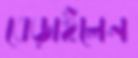
বেড়াইলেন